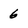
Character: 6